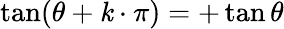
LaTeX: \tan(\theta+\mathit{k}\cdot\pi)=+\tan\theta